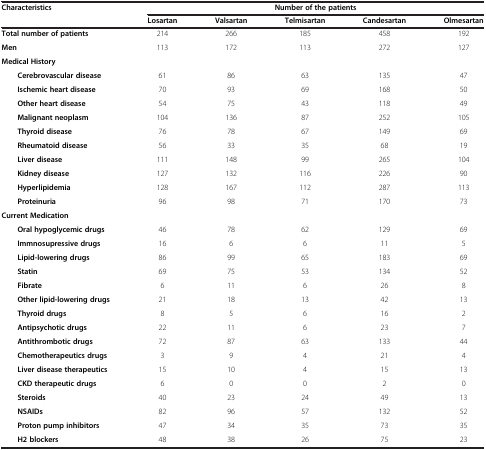
<table><thead><tr><td rowspan="2"><b>Characteristics</b></td><td colspan="5"><b>Number of the patients</b></td><td><b> </b></td></tr><tr><td><b>Losartan</b></td><td><b>Valsartan</b></td><td><b>Telmisartan</b></td><td><b>Candesartan</b></td><td><b>Olmesartan</b></td><td><b> </b></td></tr></thead><tbody><tr><td><b>Total number of patients</b></td><td>214</td><td>266</td><td>185</td><td>458</td><td>192</td><td> </td></tr><tr><td><b>Men</b></td><td>113</td><td>172</td><td>113</td><td>272</td><td>127</td><td> </td></tr><tr><td><b>Medical History</b></td><td> </td><td> </td><td> </td><td> </td><td> </td><td> </td></tr><tr><td><b>Cerebrovascular disease</b></td><td>61</td><td>86</td><td>63</td><td>135</td><td>47</td><td> </td></tr><tr><td><b>Ischemic heart disease</b></td><td>70</td><td>93</td><td>69</td><td>168</td><td>50</td><td> </td></tr><tr><td><b>Other heart disease</b></td><td>54</td><td>75</td><td>43</td><td>118</td><td>49</td><td> </td></tr><tr><td><b>Malignant neoplasm</b></td><td>104</td><td>136</td><td>87</td><td>252</td><td>105</td><td> </td></tr><tr><td><b>Thyroid disease</b></td><td>76</td><td>78</td><td>67</td><td>149</td><td>69</td><td> </td></tr><tr><td><b>Rheumatoid disease</b></td><td>56</td><td>33</td><td>35</td><td>68</td><td>19</td><td> </td></tr><tr><td><b>Liver disease</b></td><td>111</td><td>148</td><td>99</td><td>265</td><td>104</td><td> </td></tr><tr><td><b>Kidney disease</b></td><td>127</td><td>132</td><td>116</td><td>226</td><td>90</td><td> </td></tr><tr><td><b>Hyperlipidemia</b></td><td>128</td><td>167</td><td>112</td><td>287</td><td>113</td><td> </td></tr><tr><td><b>Proteinuria</b></td><td>96</td><td>98</td><td>71</td><td>170</td><td>73</td><td> </td></tr><tr><td colspan="2"><b>Current Medication</b></td><td> </td><td> </td><td> </td><td> </td><td> </td></tr><tr><td><b>Oral hypoglycemic drugs</b></td><td>46</td><td>78</td><td>62</td><td>129</td><td>69</td><td> </td></tr><tr><td><b>Immnosupressive drugs</b></td><td>16</td><td>6</td><td>6</td><td>11</td><td>5</td><td> </td></tr><tr><td><b>Lipid-lowering drugs</b></td><td>86</td><td>99</td><td>65</td><td>183</td><td>69</td><td> </td></tr><tr><td><b>Statin</b></td><td>69</td><td>75</td><td>53</td><td>134</td><td>52</td><td> </td></tr><tr><td><b>Fibrate</b></td><td>6</td><td>11</td><td>6</td><td>26</td><td>8</td><td> </td></tr><tr><td><b>Other lipid-lowering drugs</b></td><td>21</td><td>18</td><td>13</td><td>42</td><td>13</td><td> </td></tr><tr><td><b>Thyroid drugs</b></td><td>8</td><td>5</td><td>6</td><td>16</td><td>2</td><td> </td></tr><tr><td><b>Antipsychotic drugs</b></td><td>22</td><td>11</td><td>6</td><td>23</td><td>7</td><td> </td></tr><tr><td><b>Antithrombotic drugs</b></td><td>72</td><td>87</td><td>63</td><td>133</td><td>44</td><td> </td></tr><tr><td><b>Chemotherapeutics drugs</b></td><td>3</td><td>9</td><td>4</td><td>21</td><td>4</td><td> </td></tr><tr><td><b>Liver disease therapeutics</b></td><td>15</td><td>10</td><td>4</td><td>15</td><td>13</td><td> </td></tr><tr><td><b>CKD therapeutic drugs</b></td><td>6</td><td>0</td><td>0</td><td>2</td><td>0</td><td> </td></tr><tr><td><b>Steroids</b></td><td>40</td><td>23</td><td>24</td><td>49</td><td>13</td><td> </td></tr><tr><td><b>NSAIDs</b></td><td>82</td><td>96</td><td>57</td><td>132</td><td>52</td><td> </td></tr><tr><td><b>Proton pump inhibitors</b></td><td>47</td><td>34</td><td>35</td><td>73</td><td>35</td><td> </td></tr><tr><td><b>H2 blockers</b></td><td>48</td><td>38</td><td>26</td><td>75</td><td>23</td><td> </td></tr></tbody></table>